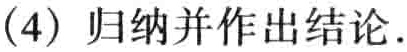
(4) 归纳并作出结论.